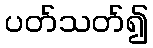
ပတ်သတ်၍